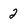
Character: 2